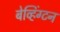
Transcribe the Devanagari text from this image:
बेव्हिंग्टन